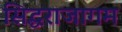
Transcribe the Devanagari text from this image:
सिद्धराजागम